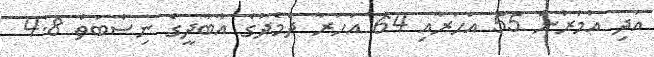
އަދި އުމުރުން 55 އަހަރާއި 64 އަހަރާ ދެމެދުގެ އާބާދީގެ ނިސްބަތް 4.8